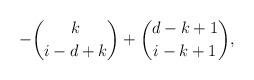
LaTeX: \begin{align*}- \binom{k}{i-d+k} + \binom{d-k+1}{i-k+1},\end{align*}